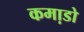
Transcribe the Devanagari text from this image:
कमा़डो